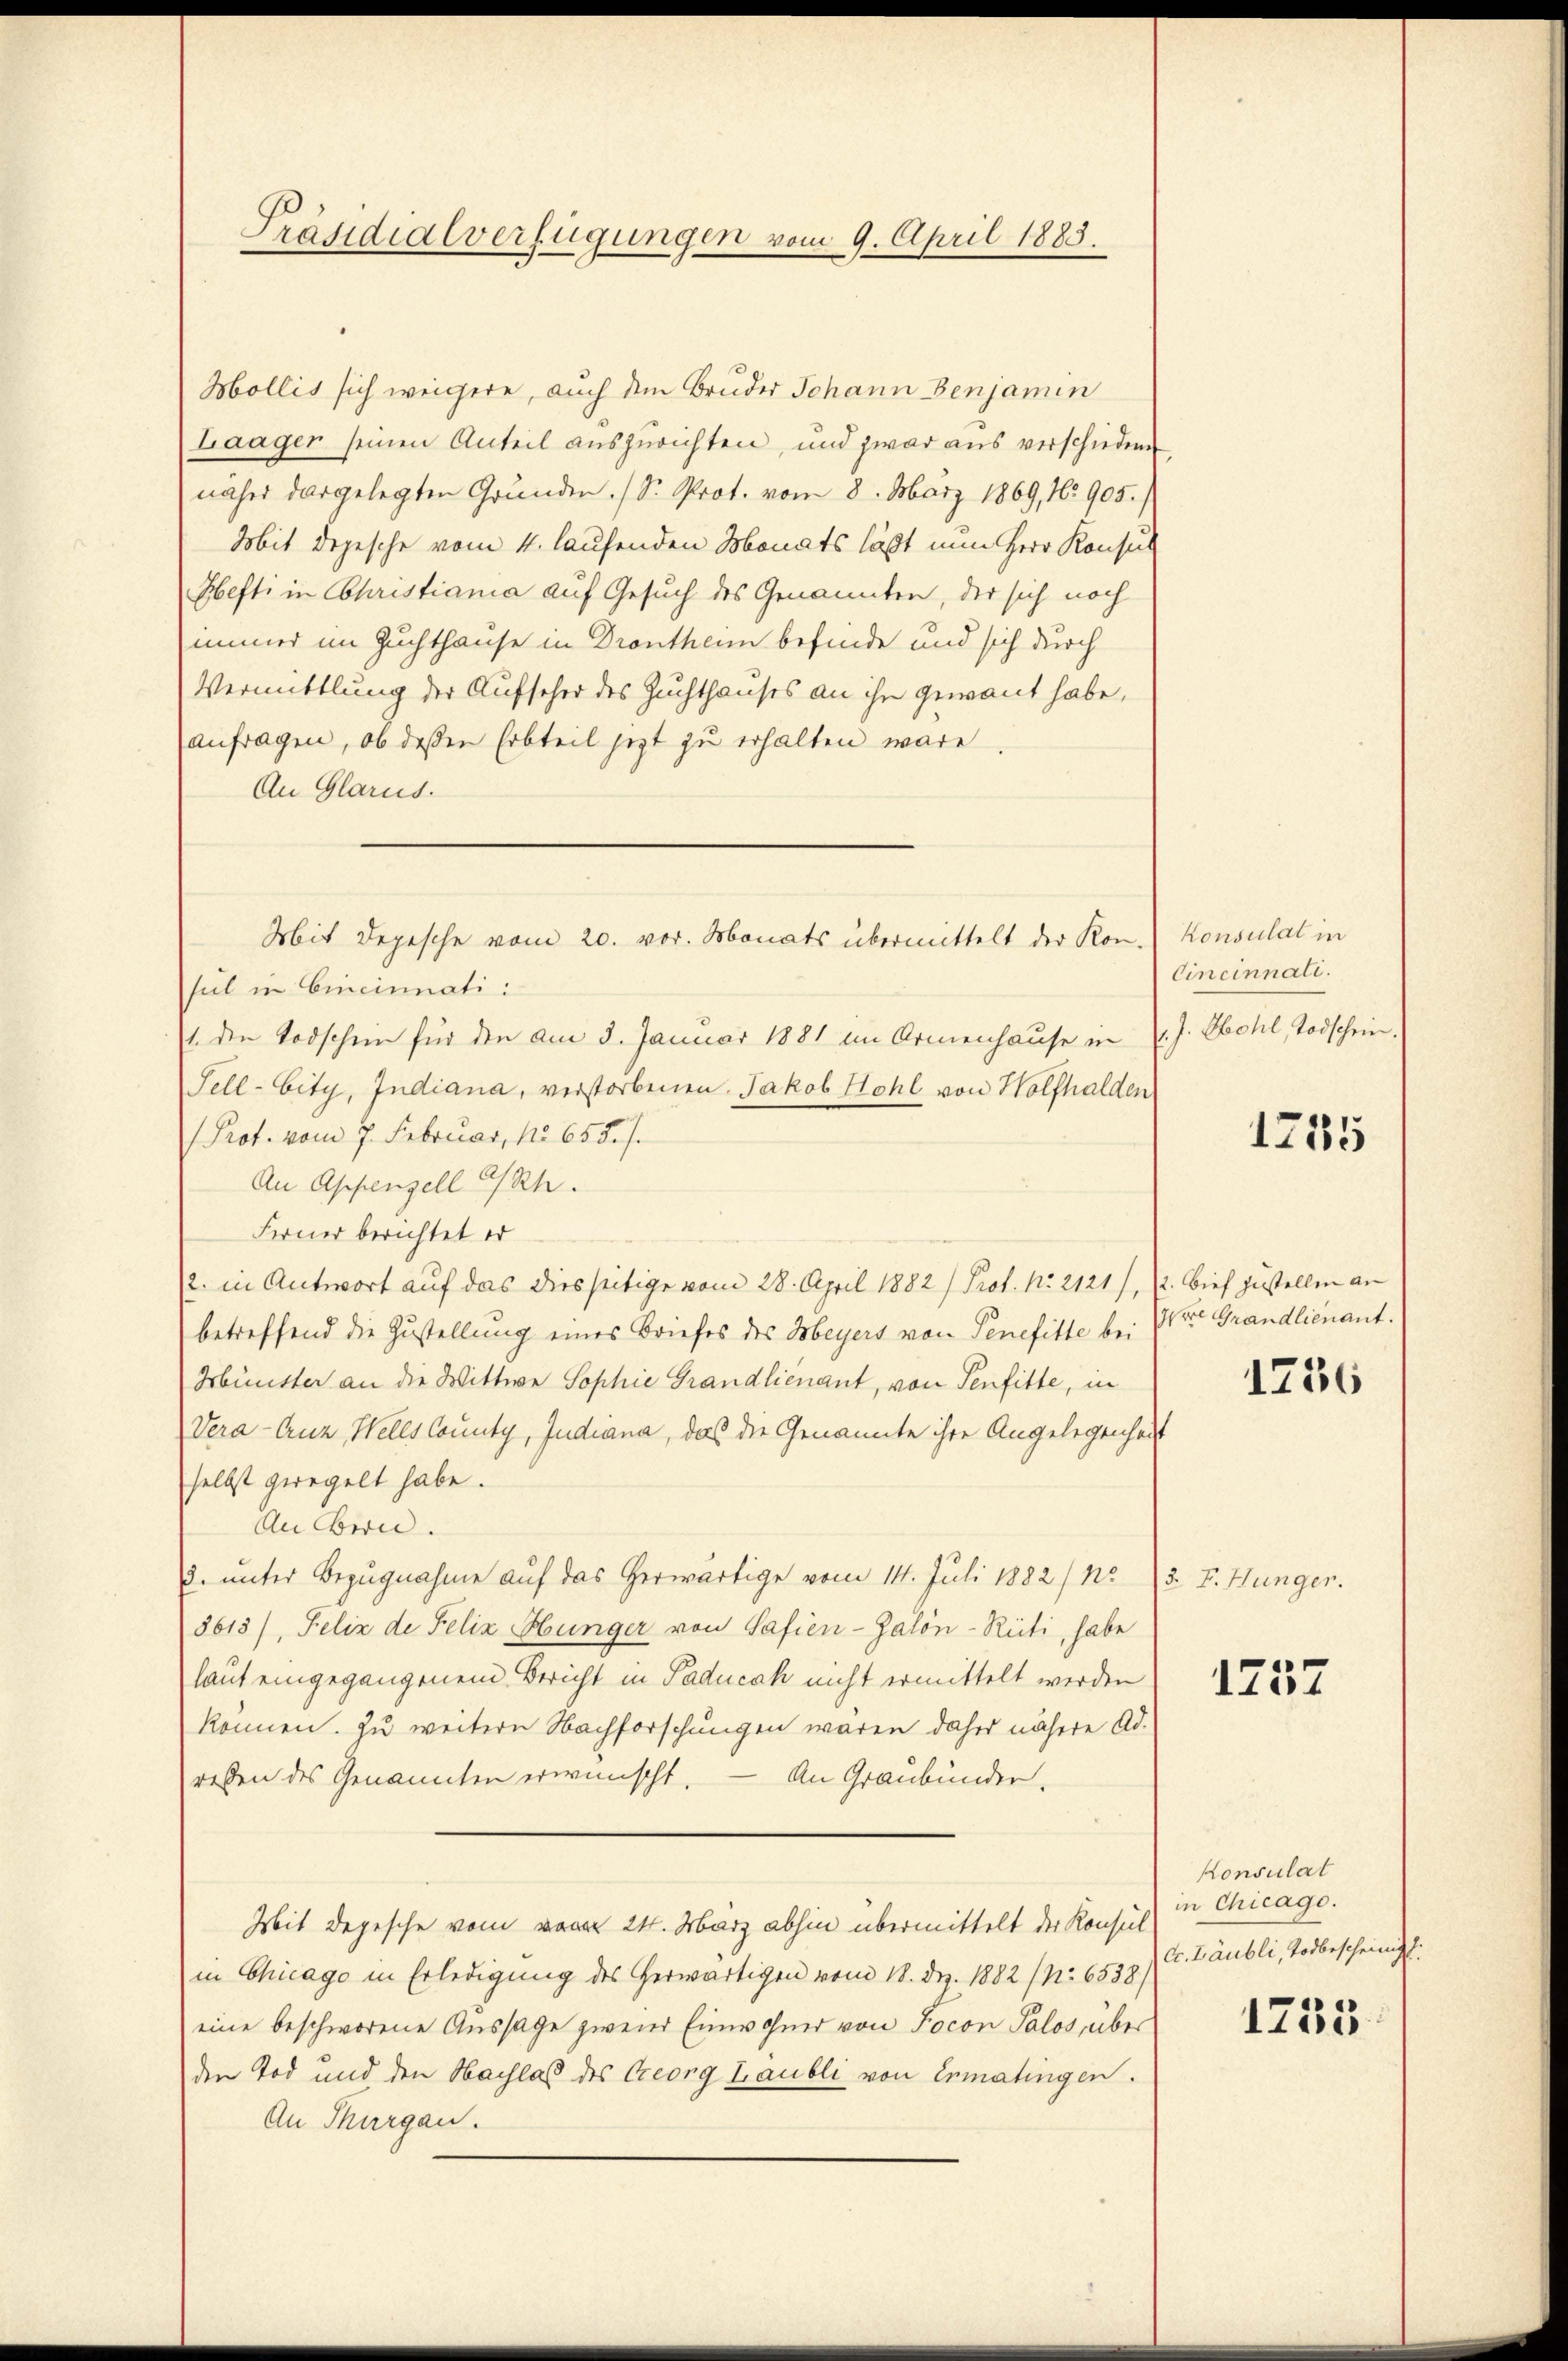
Präsidialverfügungen vom 9. April 1883.

Hollis sich weichere, auch dem Bruder Johann Benjamin
Laager seinen Anteil auszurichten, und zwar aus verschiedene
näher dargelegten Grunden (S. Prot. vom 8. März 1869, 16. 905.)
Mit depesche vom 4. laufenden Monats läßt nun Herr Konsul
Ebefti in Christiania auf Gesuch des Genannten, der sich noch
immer im Zuchthause in Drontheim befinde und sich durch
Vermittlung der Aufseher des Zuchthauses an ihn gewant habe,
anfragen, ob deßen Erbteil jetzt zu erhalten wäre,
An Glarus.
sul in Cincinnati:
1. den Todschein für den am 3. Januar 1881 im Armenhause in l. J. Bohl, Todschein.
Tell-Eity, Indiana, verstorbenen Jakob Hohl von Holfhalden
 Prof. vom 7. Februar, No 655. /.
An Appenzell I/Rh.
Ferner berichtet er
2. in Antwort auf das diesseitige vom 28. April 1882) Prof. No. 2121),
betreffend die Zustellung eines Briefes des Meyers von Penefitte bei
Münster an die Wittwe Sophie Grandlienant, von Senfitte, in
Vera-Auz, Wells County, Judiana, das die Genannte ihre Angelegenheit
selbst geregelt habe.
An bern.
2. unter Bezugnahme auf das herwärtige vom 14. Juli 1882/ 1
8613/, Felix de Felix Hunger von Safien-Zalön-Rüti, habe
laut eingegangenem Bericht in Paducak nicht ermittelt werden
können. Zu weitern Nachforschungen waren daher nähere Adressen des Genannten erwünscht. — An Graubünder.
Mit Depesche vom vom 24. März abhin übermittelt der Konsul
in Chicago in Erledigung des Herwärtigen vom 18. Dez. 1882 (N. 6538/
eine beschworene Aussage zwei Einwohner von Jocon Palos über
den Tod und den Nachlas des Georg Laubli von Ermatingen.
An Thurgau.

Mit Depesche vom 20. vor. Monats übermittelt der Kon-

Konsulat in
Cineinnate.

1755

2. Brief zustellen an
Were Grandlienant.

1236

/3. v. Hungen.

1757

Konsulat
in Chicago.
c. Läubli, Todbescheinigl.

1235.